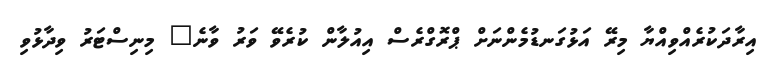
އިރާދަކުރެއްވިއްޔާ މިރޭ އަޅުގަނޑުމެންނަށް ޕްރޮގްރެސް އިއުލާން ކުރެވޭ ވަރު ވާނެ" މިނިސްޓަރު ވިދާޅުވި